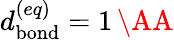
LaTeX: d_{\mathrm{bond}}^{(eq)}=1\, \AA